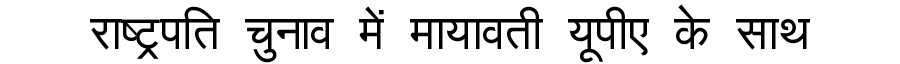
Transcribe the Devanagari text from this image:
राष्ट्रपति चुनाव में मायावती यूपीए के साथ